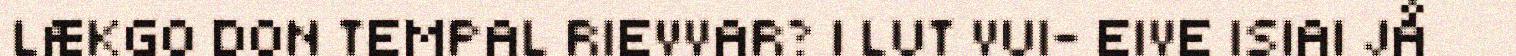
LÆKGO DON TEMPAL RIEVVAR? | LUT VUI- EIVE ISIAI JÅ